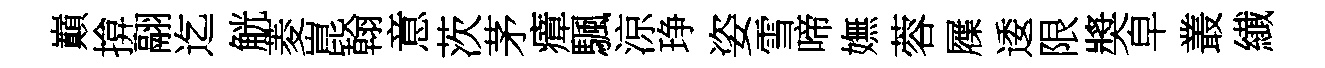
巔揜翮迄觥菱崑翰意茨茅瘴颿涼琤姿雪啼嫵蓉屧逶限奬皁叢纎